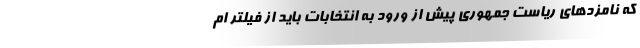
که نامزدهای ریاست جمهوری پیش از ورود به انتخابات باید از فیلتر ام